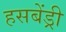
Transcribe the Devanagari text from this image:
हसबेंड्री